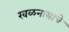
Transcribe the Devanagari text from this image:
रवळनाथाचे